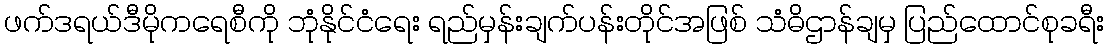
ဖက်ဒရယ်ဒီမိုကရေစီကို ဘုံနိုင်ငံရေး ရည်မှန်းချက်ပန်းတိုင်အဖြစ် သံဓိဌာန်ချမှ ပြည်ထောင်စုခရီး